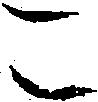
こ